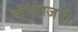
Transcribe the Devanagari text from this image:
कॉलाजनी